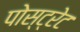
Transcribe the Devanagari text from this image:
पोस्ट्रेट